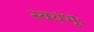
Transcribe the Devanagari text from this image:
स्वयंभूः